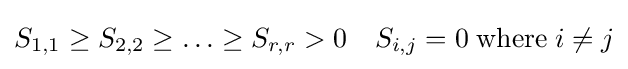
S_{1,1}\geq S_{2,2}\geq \ldots \geq S_{r,r}>0\quad S_{i,j}=0\;{\text{where}}\;i\neq j